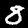
Label: 8